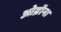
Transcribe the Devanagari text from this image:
ओब्रॉना